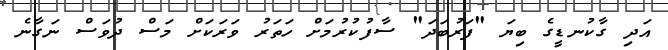
އަދި ގާކުނޑީގެ ބިޔަ "ފަރުބަދަ" ސާފުކުރުމަށް ހަތަރު ވަރަކަށް މަސް ދުވަސް ނަގާނެ